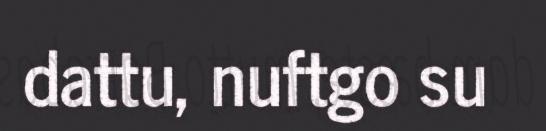
dattu, nuftgo su